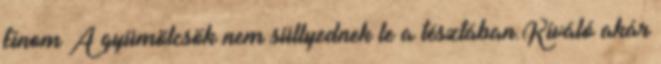
finom A gyümölcsök nem süllyednek le a tésztában.Kiváló akár